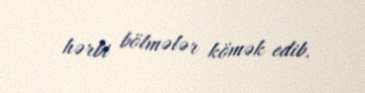
hərbi bölmələr kömək edib.